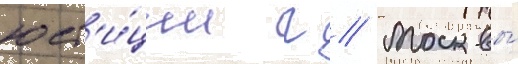
юст'и́ции г // Москвы́